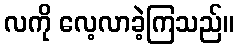
လကို လေ့လာခဲ့ကြသည်။